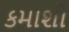
કમાશો